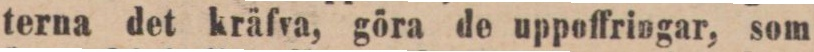
terna det kräfva, göra de uppoffringar, som